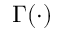
\Gamma ( \cdot )